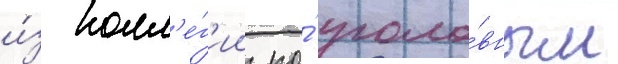
и́з колл'е́г'ии по́ уголо́вным